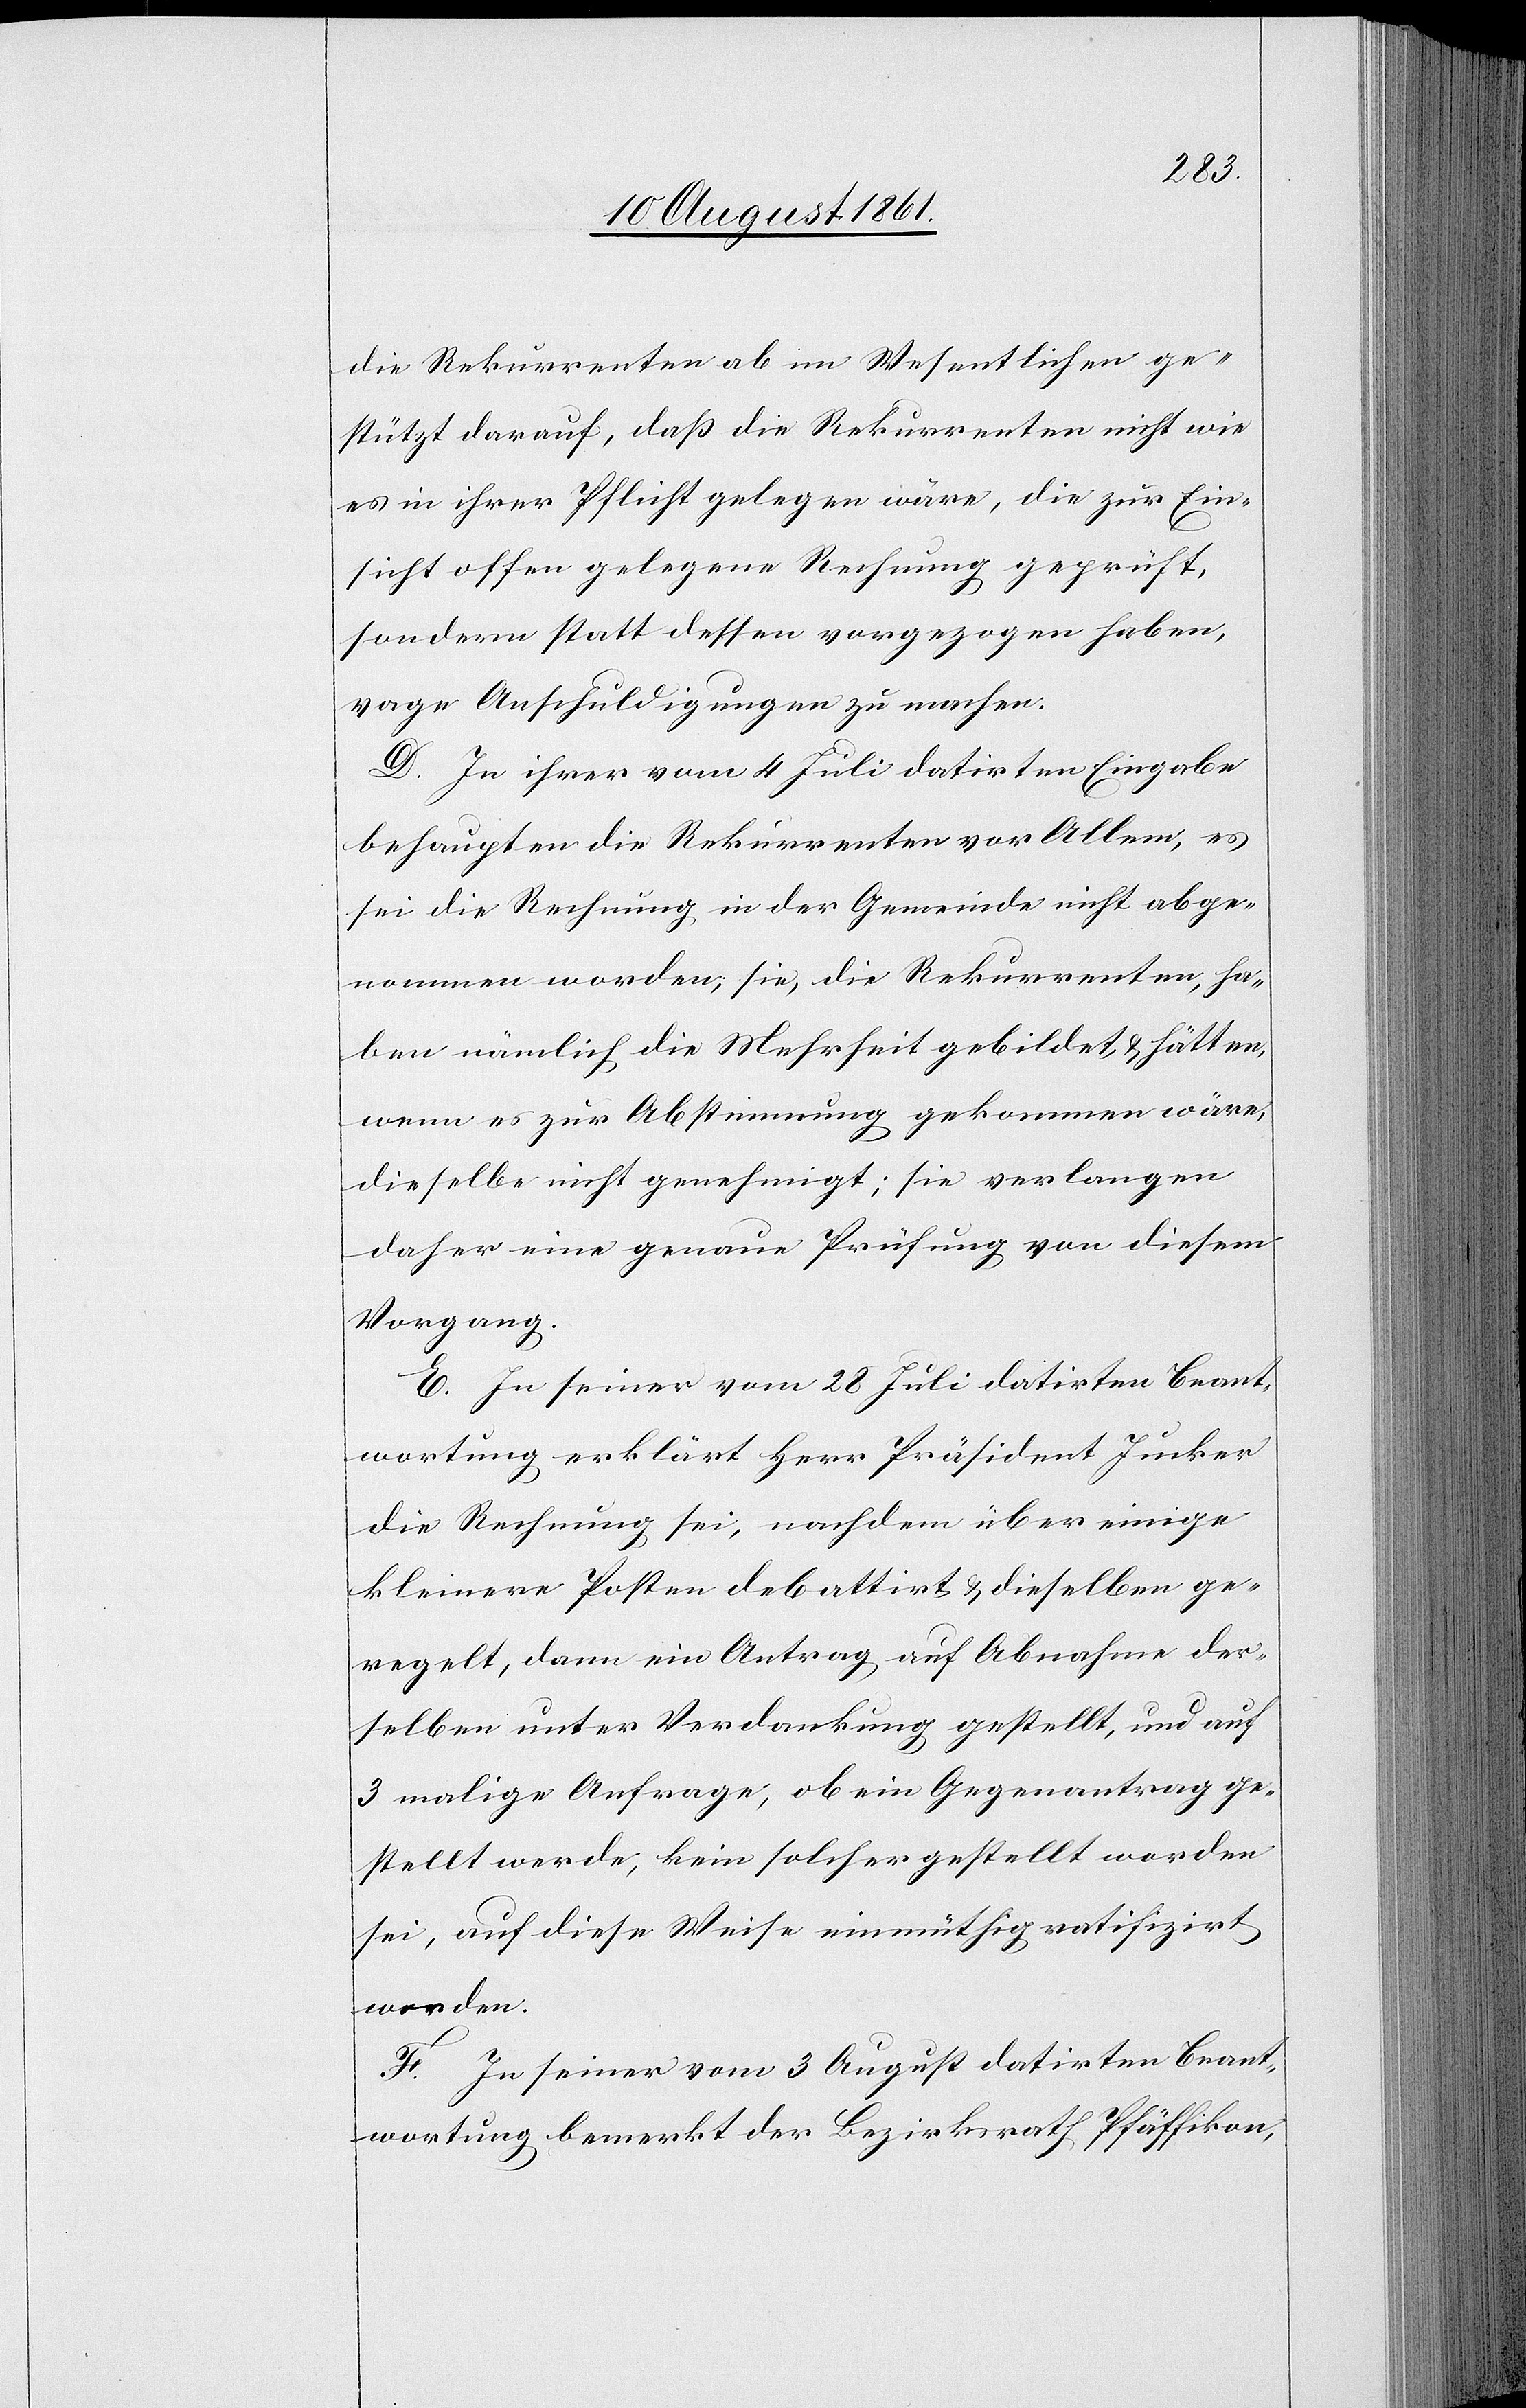
die Rekurrenten ab im Wesentlichen ge¬
stützt darauf, daß die Rekurrenten nicht wie
es in ihrer Pflicht gelegen wäre, die zur Ein¬
sicht offen gelegene Rechnung geprüft,
sondern statt dessen vorgezogen haben,
vage Anschuldigungen zu machen.
D. In ihrer vom 4 Juli datirten Eingabe
behaupten die Rekurrenten vor Allem, es
sei die Rechnung in der Gemeinde nicht abge¬
nommen worden, sie, die Rekurrenten, ha¬
ben nämlich die Mehrheit gebildet u. hätten,
wenn es zur Abstimmung gekommen wäre,
dieselbe nicht genehmigt; sie verlangen
daher eine genaue Prüfung von diesem
Vorgang.
E. In seiner vom 28 Juli datirten Beant¬
wortung erklärt Herr Präsident Junker
die Rechnung sei, nachdem über einige
kleinere Posten debattirt u. dieselben ge¬
regelt, dann ein Antrag auf Abnahme der¬
selben unter Verdankung gestellt, und auf
3 malige Anfrage, ob ein Gegenantrag ge¬
stellt werde, kein solcher gestellt worden
sei, auf diese Weise einmüthig ratifizirt
worden.
F. In seiner vom 3 August datirten Beant¬
wortung bemerkt der Bezirksrath Pfäffikon